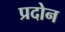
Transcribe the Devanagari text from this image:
प्रदोन